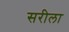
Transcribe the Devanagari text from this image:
सरीला